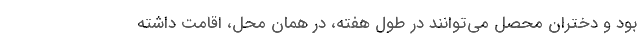
بود و دختران محصل می‌توانند در طول هفته، در همان محل، اقامت داشته